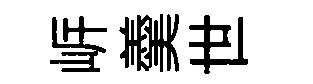
㟁羹世